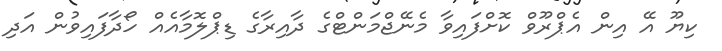
ކިޔޫ އޭ އިން އެޕްރޫވް ކޮށްފައިވާ މެނޭޖްމަންޓްގެ ދާއިރާގެ ޑިޕްލޮމާއެއް ހޯދާފައިވުން އަދި